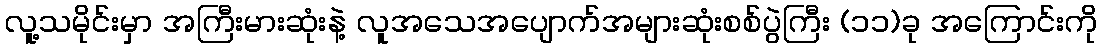
လူ့သမိုင်းမှာ အကြီးမားဆုံးနဲ့ လူအသေအပျောက်အများဆုံးစစ်ပွဲကြီး (၁၁)ခု အကြောင်းကို